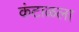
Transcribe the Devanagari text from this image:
कंटाळला